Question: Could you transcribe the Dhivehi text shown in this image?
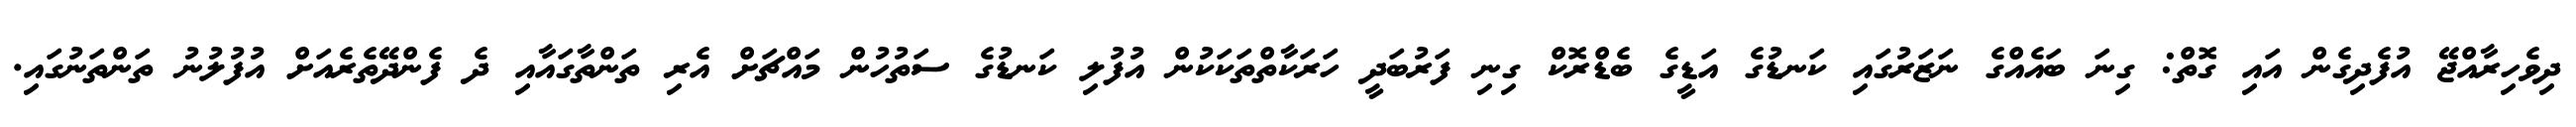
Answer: ދިވެހިރާއްޖޭ އުފެދިގެން އައި ގޮތް: ގިނަ ބައެއްގެ ނަޒަރުގައި ކަނޑުގެ އަޑީގެ ބެޑްރޮކް ގިނި ފަރުބަދީ ހަރަކާތްތަކަކުން އުފުލި ކަނޑުގެ ސަތުހުން މައްޗަށް އެރި ތަންތާގައާއި ދެ ފެންދޭތެރެއަށް އުފުލުނު ތަންތަނުގައި.